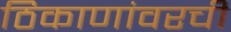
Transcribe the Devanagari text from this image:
ठिकाणांवरची